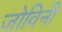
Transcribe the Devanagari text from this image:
जोविनी